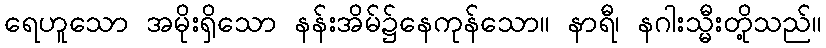
ရေဟူသော အမိုးရှိသော နန်းအိမ်၌နေကုန်သော။ နာရီ၊ နဂါးသ္မီးတို့သည်။